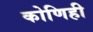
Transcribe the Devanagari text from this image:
कोणिही